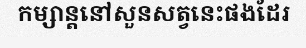
កម្សាន្តនៅសួនសត្វនេះផងដែរ